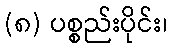
(၈) ပစ္စည်းပိုင်း၊